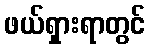
ဖယ်ရှားရာတွင်